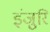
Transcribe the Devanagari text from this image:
इंजुरि